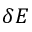
\delta E